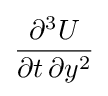
{\frac {\partial ^{3}U}{\partial t\,\partial y^{2}}}